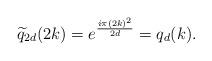
LaTeX: \begin{align*}\widetilde{q}_{2d}(2k)=e^{\frac{i\pi (2k)^2}{2d}}=q_d(k). \end{align*}